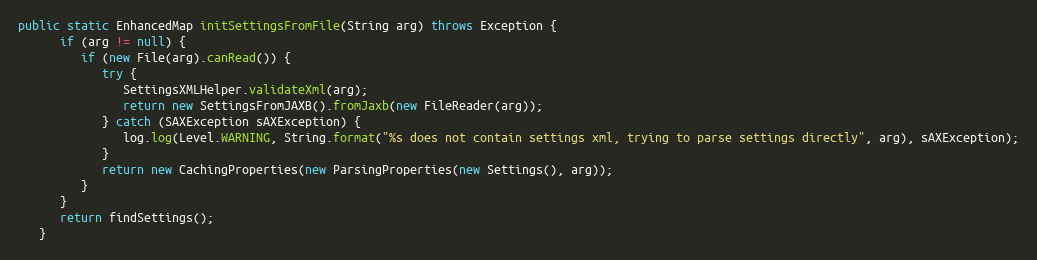
Language: Java
public static EnhancedMap initSettingsFromFile(String arg) throws Exception {
      if (arg != null) {
         if (new File(arg).canRead()) {
            try {
               SettingsXMLHelper.validateXml(arg);
               return new SettingsFromJAXB().fromJaxb(new FileReader(arg));
            } catch (SAXException sAXException) {
               log.log(Level.WARNING, String.format("%s does not contain settings xml, trying to parse settings directly", arg), sAXException);
            }
            return new CachingProperties(new ParsingProperties(new Settings(), arg));
         }
      }
      return findSettings();
   }